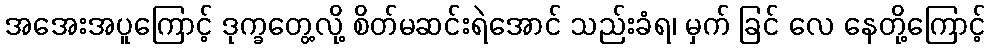
အအေးအပူကြောင့် ဒုက္ခတွေ့လို့ စိတ်မဆင်းရဲအောင် သည်းခံရ၊ မှက် ခြင် လေ နေတို့ကြောင့်